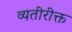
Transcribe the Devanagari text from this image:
व्यतीरीक्त